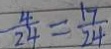
\frac { 4 } { 2 4 } = \frac { 1 7 } { 2 4 }